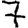
Digit: 7